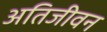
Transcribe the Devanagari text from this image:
अतिजीवन